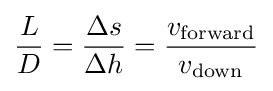
{L \over D}={{\Delta s} \over {\Delta h}}={v_{\text{forward}} \over v_{\text{down}}}